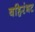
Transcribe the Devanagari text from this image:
बहिरंभट